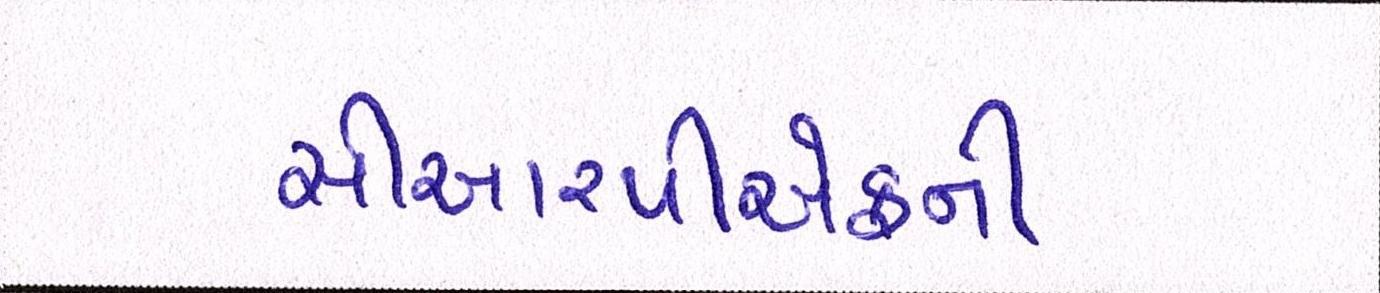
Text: સીઆરપીએફની